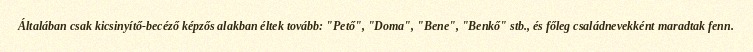
Általában csak kicsinyítő-becéző képzős alakban éltek tovább: "Pető", "Doma", "Bene", "Benkő" stb., és főleg családnevekként maradtak fenn.